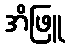
အိဖြူ